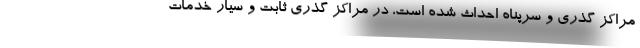
مراکز گذری و سرپناه احداث شده است، در مراکز گذری ثابت و سیار خدمات